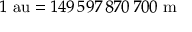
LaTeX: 1 { \mathrm { ~ a u } } = 1 4 9 \, 5 9 7 \, 8 7 0 \, 7 0 0 { \mathrm { ~ m } }